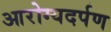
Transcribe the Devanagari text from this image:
आरोग्यदर्पण